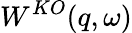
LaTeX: W^{KO}(q,\omega)